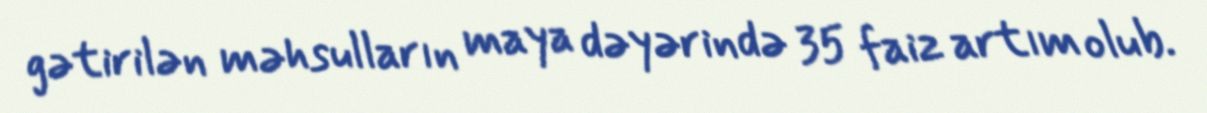
gətirilən məhsulların maya dəyərində 35 faiz artım olub.